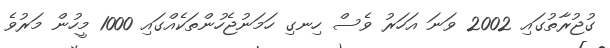
ގުޖުރާތުގައި 2002 ވަނަ އަހަރު ވެސް ހިނގި ހަމަނުޖެހުންތަކެއްގައި 1000 މީހުން މަރުވެ